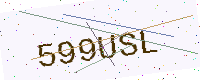
Text: 599USL